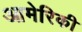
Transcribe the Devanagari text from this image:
आमेरिकी